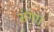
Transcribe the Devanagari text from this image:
संगा।